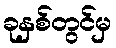
ခုနှစ်တွင်မှ